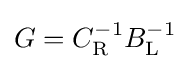
G=C_{\mathrm {R} }^{-1}B_{\mathrm {L} }^{-1}